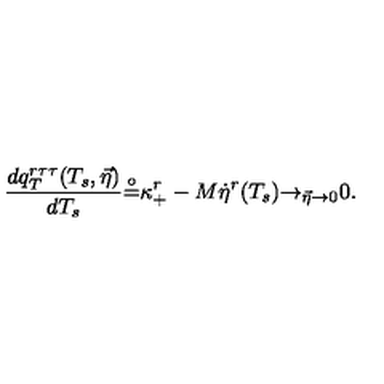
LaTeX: { \frac { d q _ { T } ^ { r \tau \tau } ( T _ { s } , \vec { \eta } ) } { d T _ { s } } } { \frac { \buildrel \circ } { = } } \kappa _ { + } ^ { r } - M { \dot { \eta } } ^ { r } ( T _ { s } ) { \rightarrow } _ { \vec { \eta } \rightarrow 0 } 0 .